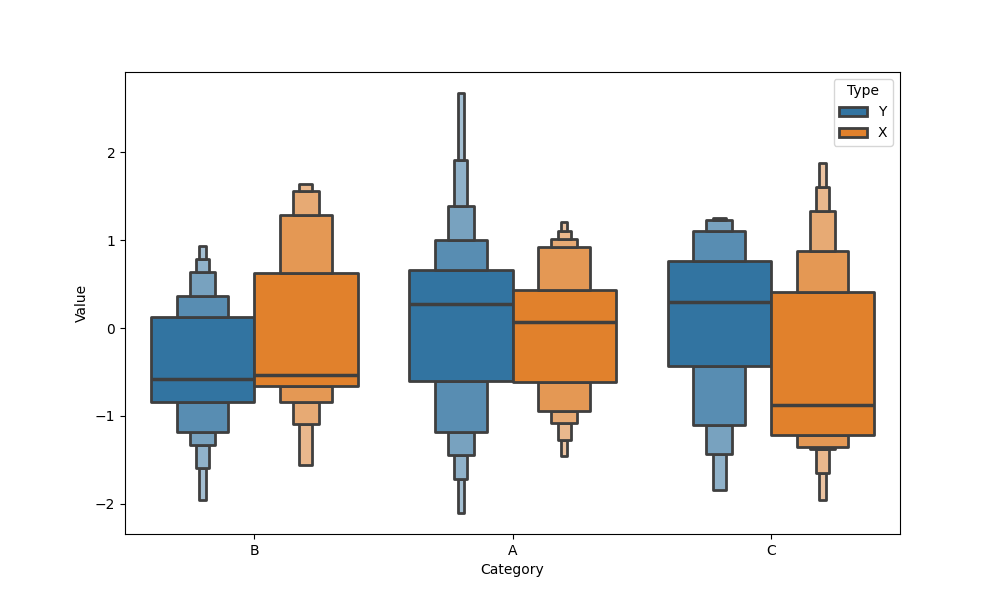
python, seaborn, boxenplot, k_depth='full', linewidth=2, scale='exponential', outlier_prop=0.2, showfliers=False